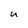
Character: U